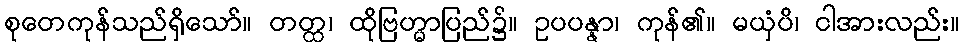
စုတေကုန်သည်ရှိသော်။ တတ္ထ၊ ထိုဗြဟ္မာပြည်၌။ ဥပပန္နာ၊ ကုန်၏။ မယှံပိ၊ ငါအားလည်း။